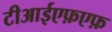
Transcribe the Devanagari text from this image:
टीआईएफ़एफ़